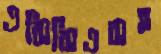
এসিসিএসহ